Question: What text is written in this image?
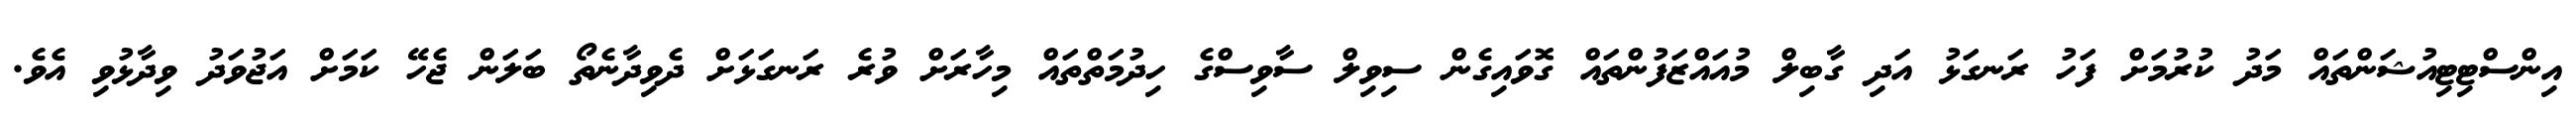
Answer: އިންސްޓިޓިއުޝަންތައް މަދު ކުރުމަށް ފަހު ރަނގަޅު އަދި ގާބިލް މުއައްޒަފުންތައް ގޮވައިގެން ސިވިލް ސާވިސްގެ ހިދުމަތްތައް މިހާރަށް ވުރެ ރަނގަޅަށް ދެވިދާނެތޯ ބަލަން ޖެހޭ ކަމަށް އަޖުވަދު ވިދާޅުވި އެވެ.